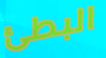
البطئ